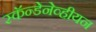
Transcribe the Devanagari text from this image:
स्कॅन्डेनेव्हीयन